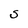
Character: S